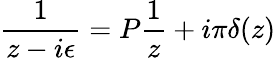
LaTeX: \frac{1}{z-i\epsilon}=P\frac{1}{z}+i\pi\delta(z)